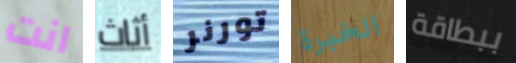
انت أثاث تورنر الخبرة ببطاقة